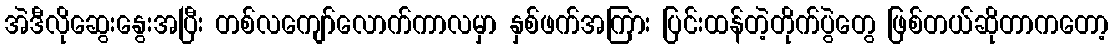
အဲဒီလိုဆွေးနွေးအပြီး တစ်လကျော်လောက်ကာလမှာ နှစ်ဖက်အကြား ပြင်းထန်တဲ့တိုက်ပွဲတွေ ဖြစ်တယ်ဆိုတာကတော့